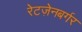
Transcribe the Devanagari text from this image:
रेटज़ेनबर्गर